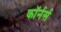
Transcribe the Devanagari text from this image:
कॉर्नर्स